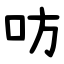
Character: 㕫